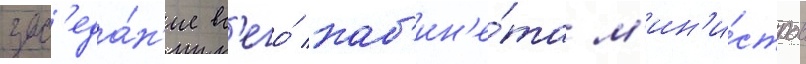
зас'еда́н'ие вс'его́ каб'ин'е́та м'ин'и́стров